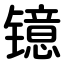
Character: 镱